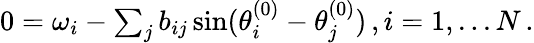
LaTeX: \begin{array}{r}{0=\omega_{i}-\sum_{j}b_{ij}\sin(\theta_{i}^{(0)}-\theta_{j}^{(0)})\, ,i=1,...N\, .}\end{array}